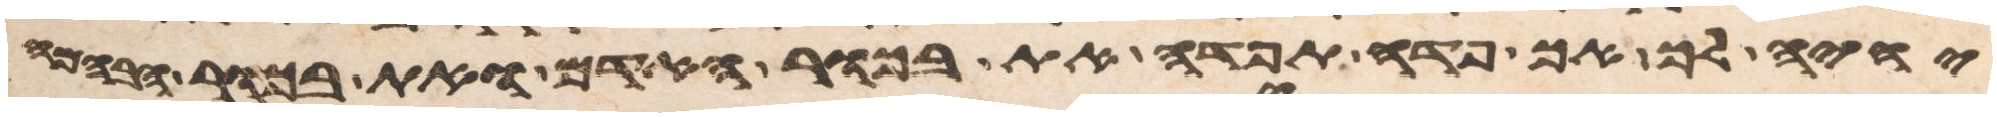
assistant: יהיה לך אך פדה תפדה את בכור האדם ואת בכור הבהמה